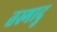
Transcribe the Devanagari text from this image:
तस्मादु